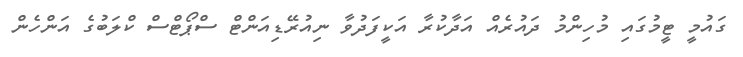
ގައުމީ ޓީމުގައި މުހިންމު ދައުރެއް އަދާކުރާ އަކީފަދުވާ ނިއުރޭޑިއަންޓް ސްޕޯޓްސް ކްލަބުގެ އަންހެން